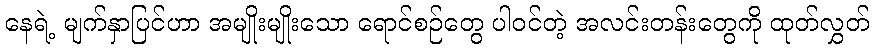
နေရဲ့ မျက်နှာပြင်ဟာ အမျိုးမျိုးသော ရောင်စဉ်တွေ ပါဝင်တဲ့ အလင်းတန်းတွေကို ထုတ်လွှတ်